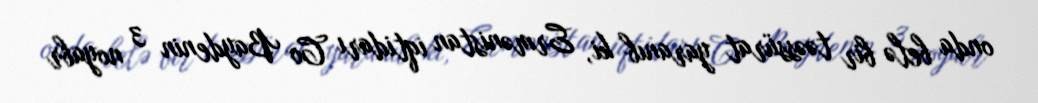
onda belə bir təəssürat yaranıb ki, Ermənistan iqtidarı Co Baydenin 3 noyabr